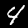
Label: 4